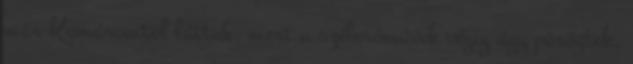
már Komáromtól láttuk, mert a szélerőművek végig úgy pörögtek,